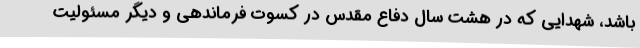
باشد، شهدایی که در هشت سال دفاع مقدس در کسوت فرماندهی و دیگر مسئولیت